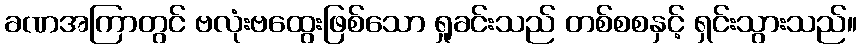
ခဏအကြာတွင် ဗလုံးဗထွေးဖြစ်သော ရှုခင်းသည် တစ်စစနှင့် ရှင်းသွားသည်။